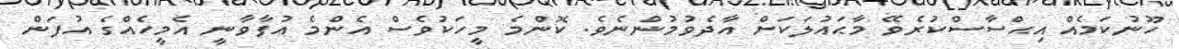
ހޫނުކަމެއް އިޙްސާސްކުރެވޭ މާޙައުލަކަށް އާދެވުމުންނެވެ. ކޮންމެ މީހަކުވެސް އެންމެ އުފާވާނީ އެމީހެއްގެ އުފަން